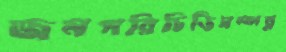
জনপরিচিতিসম্পন্ন